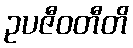
ဥပဇီဝတီတိ